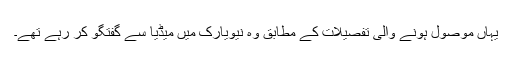
یہاں موصول ہونے والی تفصیلات کے مطابق وہ نیویارک میں میڈیا سے گفتگو کر رہے تھے۔